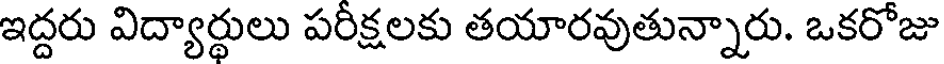
ఇద్దరు విద్యార్థులు పరీక్షలకు తయారవుతున్నారు. ఒకరోజు